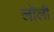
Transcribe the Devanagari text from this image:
लोली